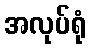
အလုပ်ရုံ